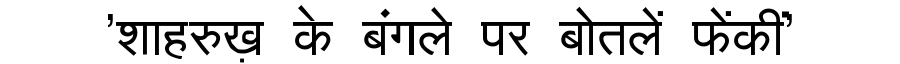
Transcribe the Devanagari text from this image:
'शाहरुख़ के बंगले पर बोतलें फेंकीं'